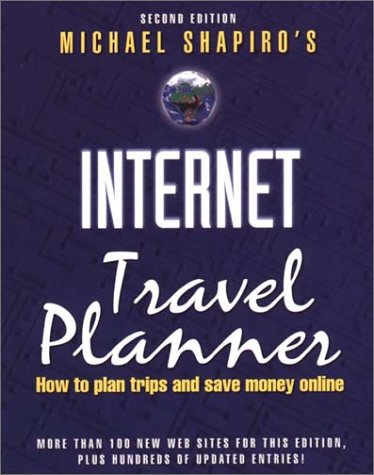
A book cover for Internet Travel Planner, 2nd: How to Plan Trips and Save Money Online; Michael Shapiro; Travel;